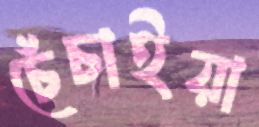
চেঁচাইয়া